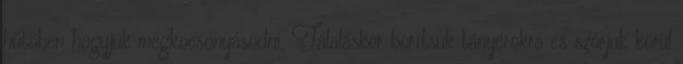
hűtőben hagyjuk megkocsonyásodni. Tálaláskor borítsuk tányérokra és szórjuk körül